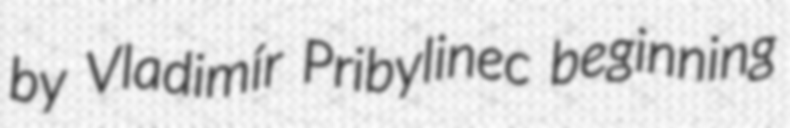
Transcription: by Vladimír Pribylinec beginning